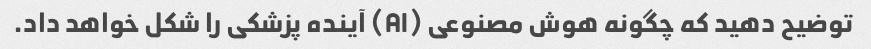
توضیح دهید که چگونه هوش مصنوعی (AI) آینده پزشکی را شکل خواهد داد.